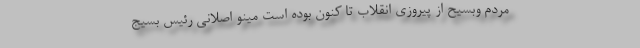
مردم وبسیح از پیروزی انقلاب تا کنون بوده است مینو اصلانی رئیس بسیج